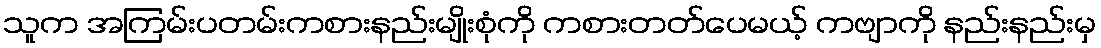
သူက အကြမ်းပတမ်းကစားနည်းမျိုးစုံကို ကစားတတ်ပေမယ့် ကဗျာကို နည်းနည်းမှ